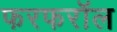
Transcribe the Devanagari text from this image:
फरफरॉल